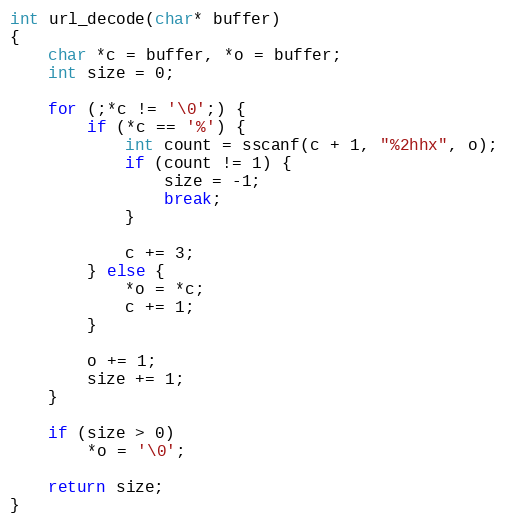
Language: C
int url_decode(char* buffer)
{
	char *c = buffer, *o = buffer;
	int size = 0;

	for (;*c != '\0';) {
		if (*c == '%') {
			int count = sscanf(c + 1, "%2hhx", o);
			if (count != 1) {
				size = -1;
				break;
			}

			c += 3;
		} else {
			*o = *c;
			c += 1;
		}

		o += 1;
		size += 1;
	}

	if (size > 0)
		*o = '\0';

	return size;
}